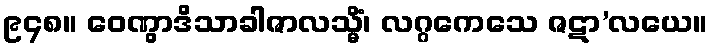
၉၄၈။ ဝေဏွာဒိသာခါဇာလသ္မိံ၊ လဂ္ဂကေသေ ဇဋာ’လယေ။